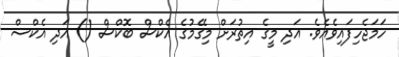
ހަމަޖެހިފައިވެއެވެ. އަދި މީގެ އިތުރަށް މިގޭމުގެ އެކްސް ބޮކްސް () އަދި އެކްސް